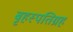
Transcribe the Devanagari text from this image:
बृहस्पतिग्रह